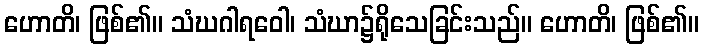
ဟောတိ၊ ဖြစ်၏။ သံဃဂါရဝေါ၊ သံဃာ၌ရိုသေခြင်းသည်။ ဟောတိ၊ ဖြစ်၏။